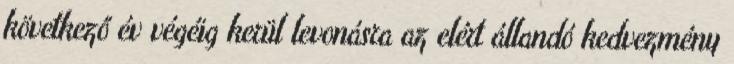
következő év végéig kerül levonásra az elért állandó kedvezmény